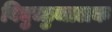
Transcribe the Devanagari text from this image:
विद्युच्छुचालक